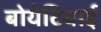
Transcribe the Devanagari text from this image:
बोयेटियाई